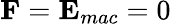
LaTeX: {\mathbf{F}}={\mathbf{E}}_{mac}=0